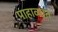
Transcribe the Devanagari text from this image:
पाहाव्यात